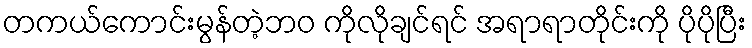
တကယ်ကောင်းမွန်တဲ့ဘဝ ကိုလိုချင်ရင် အရာရာတိုင်းကို ပိုပိုပြီး